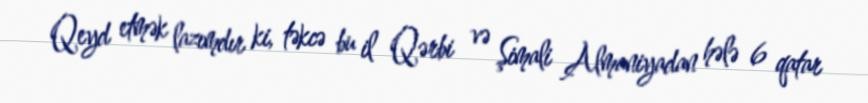
Qeyd etmək lazımdır ki, təkcə bu il Qərbi və Şimali Almaniyadan hələ 6 qatar